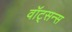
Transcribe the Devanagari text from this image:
वॉट्सन्स